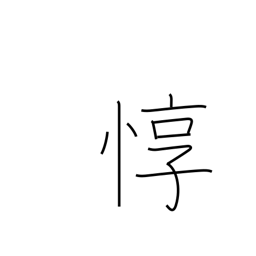
Meaning: considerate